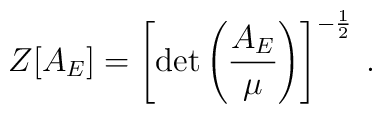
Z[A_{E}]=\left[ \mbox{det} \left( \frac{A_{E}}{\mu} \right) \right]^{-\frac{1}{2}} \: .